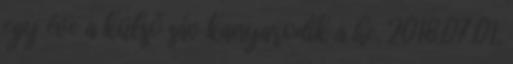
egy éve a külső sáv kanyarodik a he. 2018.07.01.